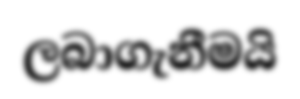
ලබාගැනීමයි